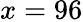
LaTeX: x=96